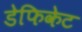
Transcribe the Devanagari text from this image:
डेफिकेट